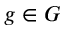
g \in G